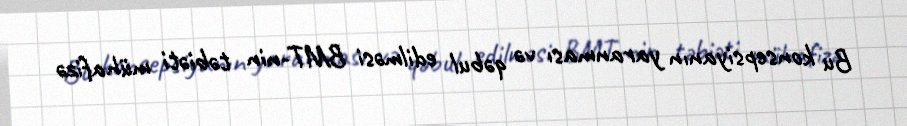
Bu konsepsiyanın yaranması və qəbul edilməsi BMT-nin təbiəti mühafizə